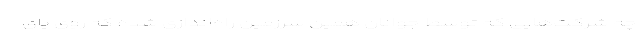
چه شرکت‌هایی که توسط جوانان همین سرزمین راه‌اندازی شده‌ که روی پای